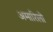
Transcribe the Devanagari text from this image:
अमारिलो